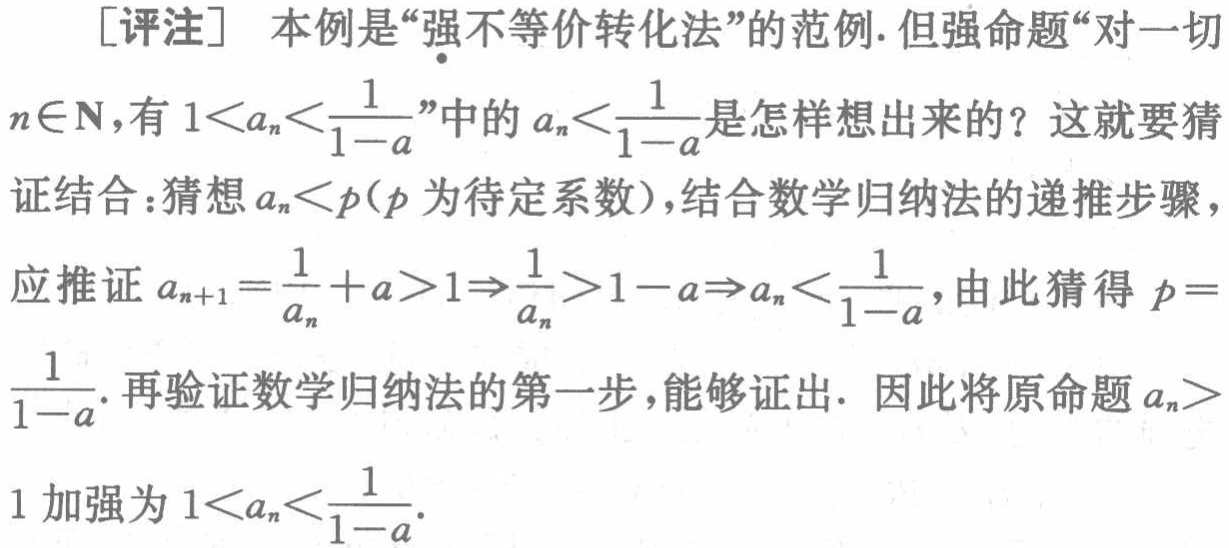
[评注] 本例是“强不等价转化法”的范例. 但强命题“对一切
\(n\in\mathbf{N}\)，有 \(1 < a_{n}<\frac{1}{1 - a}\)”中的 \(a_{n}<\frac{1}{1 - a}\)是怎样想出来的？这就要猜
证结合：猜想 \(a_{n}<p\)（\(p\)为待定系数），结合数学归纳法的递推步骤，
应推证 \(a_{n + 1}=\frac{1}{a_{n}}+a>1\Rightarrow\frac{1}{a_{n}}>1 - a\Rightarrow a_{n}<\frac{1}{1 - a}\)，由此猜得 \(p = \)
\(\frac{1}{1 - a}\). 再验证数学归纳法的第一步，能够证出. 因此将原命题 \(a_{n}> \)
1 加强为 \(1 < a_{n}<\frac{1}{1 - a}\).